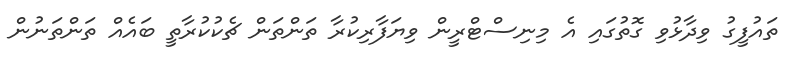
ތައުފީގު ވިދާޅުވި ގޮތުގައި އެ މިނިސްޓްރީން ވިޔަފާރިކުރާ ތަންތަން ޗެކުކުރާތީ ބައެއް ތަންތަނުން